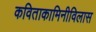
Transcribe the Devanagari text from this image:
कविताकामिनीविलास